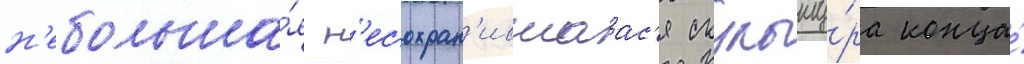
н'ебольша́я н'есохран'ившаас'я скульпту́ра конца́